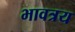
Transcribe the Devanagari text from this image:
भावत्रय